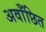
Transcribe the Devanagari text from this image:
अवाँछित